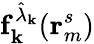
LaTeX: \mathbf{f}_{\mathbf{k}}^{\hat{\lambda}_{\mathbf{k}}}(\mathbf{r}_{m}^{s})